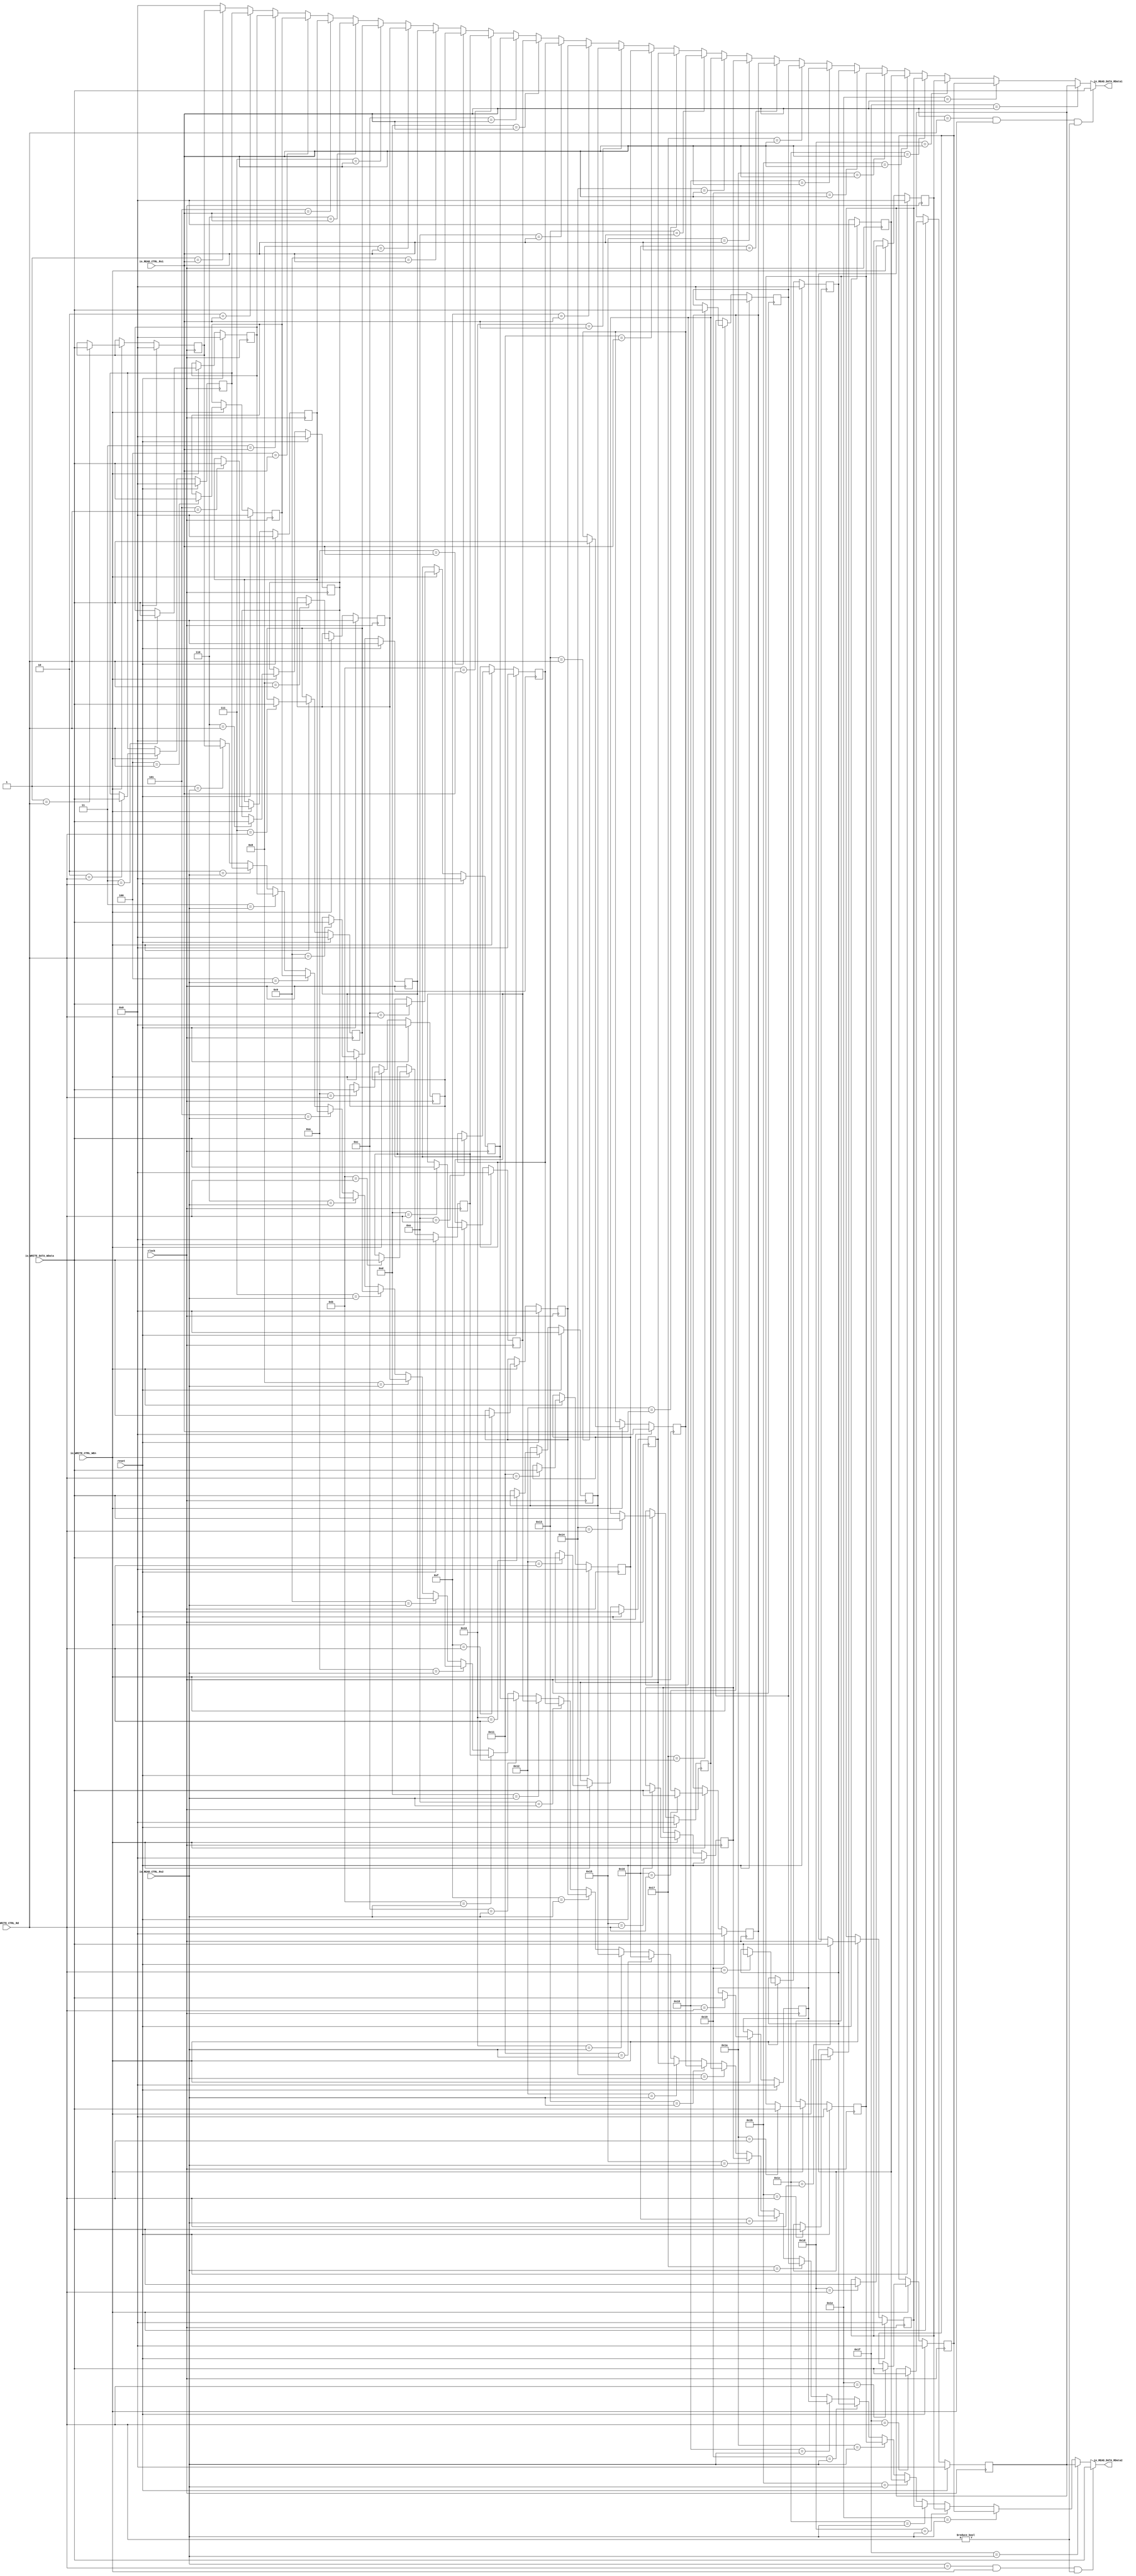
module RegFile(
  input         clock,
  input         reset,
  input  [4:0]  io_READ_CTRL_Rs1,
  input  [4:0]  io_READ_CTRL_Rs2,
  output [63:0] io_READ_DATA_RData1,
  output [63:0] io_READ_DATA_RData2,
  input         io_WRITE_CTRL_WEn,
  input  [4:0]  io_WRITE_CTRL_Rd,
  input  [63:0] io_WRITE_DATA_WData
);
`ifdef RANDOMIZE_REG_INIT
  reg [63:0] _RAND_0;
  reg [63:0] _RAND_1;
  reg [63:0] _RAND_2;
  reg [63:0] _RAND_3;
  reg [63:0] _RAND_4;
  reg [63:0] _RAND_5;
  reg [63:0] _RAND_6;
  reg [63:0] _RAND_7;
  reg [63:0] _RAND_8;
  reg [63:0] _RAND_9;
  reg [63:0] _RAND_10;
  reg [63:0] _RAND_11;
  reg [63:0] _RAND_12;
  reg [63:0] _RAND_13;
  reg [63:0] _RAND_14;
  reg [63:0] _RAND_15;
  reg [63:0] _RAND_16;
  reg [63:0] _RAND_17;
  reg [63:0] _RAND_18;
  reg [63:0] _RAND_19;
  reg [63:0] _RAND_20;
  reg [63:0] _RAND_21;
  reg [63:0] _RAND_22;
  reg [63:0] _RAND_23;
  reg [63:0] _RAND_24;
  reg [63:0] _RAND_25;
  reg [63:0] _RAND_26;
  reg [63:0] _RAND_27;
  reg [63:0] _RAND_28;
  reg [63:0] _RAND_29;
  reg [63:0] _RAND_30;
`endif // RANDOMIZE_REG_INIT
  reg [63:0] gprFile_1; // @[RegFile.scala 55:24]
  reg [63:0] gprFile_2; // @[RegFile.scala 55:24]
  reg [63:0] gprFile_3; // @[RegFile.scala 55:24]
  reg [63:0] gprFile_4; // @[RegFile.scala 55:24]
  reg [63:0] gprFile_5; // @[RegFile.scala 55:24]
  reg [63:0] gprFile_6; // @[RegFile.scala 55:24]
  reg [63:0] gprFile_7; // @[RegFile.scala 55:24]
  reg [63:0] gprFile_8; // @[RegFile.scala 55:24]
  reg [63:0] gprFile_9; // @[RegFile.scala 55:24]
  reg [63:0] gprFile_10; // @[RegFile.scala 55:24]
  reg [63:0] gprFile_11; // @[RegFile.scala 55:24]
  reg [63:0] gprFile_12; // @[RegFile.scala 55:24]
  reg [63:0] gprFile_13; // @[RegFile.scala 55:24]
  reg [63:0] gprFile_14; // @[RegFile.scala 55:24]
  reg [63:0] gprFile_15; // @[RegFile.scala 55:24]
  reg [63:0] gprFile_16; // @[RegFile.scala 55:24]
  reg [63:0] gprFile_17; // @[RegFile.scala 55:24]
  reg [63:0] gprFile_18; // @[RegFile.scala 55:24]
  reg [63:0] gprFile_19; // @[RegFile.scala 55:24]
  reg [63:0] gprFile_20; // @[RegFile.scala 55:24]
  reg [63:0] gprFile_21; // @[RegFile.scala 55:24]
  reg [63:0] gprFile_22; // @[RegFile.scala 55:24]
  reg [63:0] gprFile_23; // @[RegFile.scala 55:24]
  reg [63:0] gprFile_24; // @[RegFile.scala 55:24]
  reg [63:0] gprFile_25; // @[RegFile.scala 55:24]
  reg [63:0] gprFile_26; // @[RegFile.scala 55:24]
  reg [63:0] gprFile_27; // @[RegFile.scala 55:24]
  reg [63:0] gprFile_28; // @[RegFile.scala 55:24]
  reg [63:0] gprFile_29; // @[RegFile.scala 55:24]
  reg [63:0] gprFile_30; // @[RegFile.scala 55:24]
  reg [63:0] gprFile_31; // @[RegFile.scala 55:24]
  wire [63:0] _GEN_1 = 5'h1 == io_READ_CTRL_Rs1 ? gprFile_1 : 64'h0; // @[RegFile.scala 56:{10,10}]
  wire [63:0] _GEN_2 = 5'h2 == io_READ_CTRL_Rs1 ? gprFile_2 : _GEN_1; // @[RegFile.scala 56:{10,10}]
  wire [63:0] _GEN_3 = 5'h3 == io_READ_CTRL_Rs1 ? gprFile_3 : _GEN_2; // @[RegFile.scala 56:{10,10}]
  wire [63:0] _GEN_4 = 5'h4 == io_READ_CTRL_Rs1 ? gprFile_4 : _GEN_3; // @[RegFile.scala 56:{10,10}]
  wire [63:0] _GEN_5 = 5'h5 == io_READ_CTRL_Rs1 ? gprFile_5 : _GEN_4; // @[RegFile.scala 56:{10,10}]
  wire [63:0] _GEN_6 = 5'h6 == io_READ_CTRL_Rs1 ? gprFile_6 : _GEN_5; // @[RegFile.scala 56:{10,10}]
  wire [63:0] _GEN_7 = 5'h7 == io_READ_CTRL_Rs1 ? gprFile_7 : _GEN_6; // @[RegFile.scala 56:{10,10}]
  wire [63:0] _GEN_8 = 5'h8 == io_READ_CTRL_Rs1 ? gprFile_8 : _GEN_7; // @[RegFile.scala 56:{10,10}]
  wire [63:0] _GEN_9 = 5'h9 == io_READ_CTRL_Rs1 ? gprFile_9 : _GEN_8; // @[RegFile.scala 56:{10,10}]
  wire [63:0] _GEN_10 = 5'ha == io_READ_CTRL_Rs1 ? gprFile_10 : _GEN_9; // @[RegFile.scala 56:{10,10}]
  wire [63:0] _GEN_11 = 5'hb == io_READ_CTRL_Rs1 ? gprFile_11 : _GEN_10; // @[RegFile.scala 56:{10,10}]
  wire [63:0] _GEN_12 = 5'hc == io_READ_CTRL_Rs1 ? gprFile_12 : _GEN_11; // @[RegFile.scala 56:{10,10}]
  wire [63:0] _GEN_13 = 5'hd == io_READ_CTRL_Rs1 ? gprFile_13 : _GEN_12; // @[RegFile.scala 56:{10,10}]
  wire [63:0] _GEN_14 = 5'he == io_READ_CTRL_Rs1 ? gprFile_14 : _GEN_13; // @[RegFile.scala 56:{10,10}]
  wire [63:0] _GEN_15 = 5'hf == io_READ_CTRL_Rs1 ? gprFile_15 : _GEN_14; // @[RegFile.scala 56:{10,10}]
  wire [63:0] _GEN_16 = 5'h10 == io_READ_CTRL_Rs1 ? gprFile_16 : _GEN_15; // @[RegFile.scala 56:{10,10}]
  wire [63:0] _GEN_17 = 5'h11 == io_READ_CTRL_Rs1 ? gprFile_17 : _GEN_16; // @[RegFile.scala 56:{10,10}]
  wire [63:0] _GEN_18 = 5'h12 == io_READ_CTRL_Rs1 ? gprFile_18 : _GEN_17; // @[RegFile.scala 56:{10,10}]
  wire [63:0] _GEN_19 = 5'h13 == io_READ_CTRL_Rs1 ? gprFile_19 : _GEN_18; // @[RegFile.scala 56:{10,10}]
  wire [63:0] _GEN_20 = 5'h14 == io_READ_CTRL_Rs1 ? gprFile_20 : _GEN_19; // @[RegFile.scala 56:{10,10}]
  wire [63:0] _GEN_21 = 5'h15 == io_READ_CTRL_Rs1 ? gprFile_21 : _GEN_20; // @[RegFile.scala 56:{10,10}]
  wire [63:0] _GEN_22 = 5'h16 == io_READ_CTRL_Rs1 ? gprFile_22 : _GEN_21; // @[RegFile.scala 56:{10,10}]
  wire [63:0] _GEN_23 = 5'h17 == io_READ_CTRL_Rs1 ? gprFile_23 : _GEN_22; // @[RegFile.scala 56:{10,10}]
  wire [63:0] _GEN_24 = 5'h18 == io_READ_CTRL_Rs1 ? gprFile_24 : _GEN_23; // @[RegFile.scala 56:{10,10}]
  wire [63:0] _GEN_25 = 5'h19 == io_READ_CTRL_Rs1 ? gprFile_25 : _GEN_24; // @[RegFile.scala 56:{10,10}]
  wire [63:0] _GEN_26 = 5'h1a == io_READ_CTRL_Rs1 ? gprFile_26 : _GEN_25; // @[RegFile.scala 56:{10,10}]
  wire [63:0] _GEN_27 = 5'h1b == io_READ_CTRL_Rs1 ? gprFile_27 : _GEN_26; // @[RegFile.scala 56:{10,10}]
  wire [63:0] _GEN_28 = 5'h1c == io_READ_CTRL_Rs1 ? gprFile_28 : _GEN_27; // @[RegFile.scala 56:{10,10}]
  wire [63:0] _GEN_29 = 5'h1d == io_READ_CTRL_Rs1 ? gprFile_29 : _GEN_28; // @[RegFile.scala 56:{10,10}]
  wire [63:0] _GEN_30 = 5'h1e == io_READ_CTRL_Rs1 ? gprFile_30 : _GEN_29; // @[RegFile.scala 56:{10,10}]
  wire [63:0] _GEN_31 = 5'h1f == io_READ_CTRL_Rs1 ? gprFile_31 : _GEN_30; // @[RegFile.scala 56:{10,10}]
  wire [63:0] _GEN_33 = 5'h1 == io_READ_CTRL_Rs2 ? gprFile_1 : 64'h0; // @[RegFile.scala 57:{10,10}]
  wire [63:0] _GEN_34 = 5'h2 == io_READ_CTRL_Rs2 ? gprFile_2 : _GEN_33; // @[RegFile.scala 57:{10,10}]
  wire [63:0] _GEN_35 = 5'h3 == io_READ_CTRL_Rs2 ? gprFile_3 : _GEN_34; // @[RegFile.scala 57:{10,10}]
  wire [63:0] _GEN_36 = 5'h4 == io_READ_CTRL_Rs2 ? gprFile_4 : _GEN_35; // @[RegFile.scala 57:{10,10}]
  wire [63:0] _GEN_37 = 5'h5 == io_READ_CTRL_Rs2 ? gprFile_5 : _GEN_36; // @[RegFile.scala 57:{10,10}]
  wire [63:0] _GEN_38 = 5'h6 == io_READ_CTRL_Rs2 ? gprFile_6 : _GEN_37; // @[RegFile.scala 57:{10,10}]
  wire [63:0] _GEN_39 = 5'h7 == io_READ_CTRL_Rs2 ? gprFile_7 : _GEN_38; // @[RegFile.scala 57:{10,10}]
  wire [63:0] _GEN_40 = 5'h8 == io_READ_CTRL_Rs2 ? gprFile_8 : _GEN_39; // @[RegFile.scala 57:{10,10}]
  wire [63:0] _GEN_41 = 5'h9 == io_READ_CTRL_Rs2 ? gprFile_9 : _GEN_40; // @[RegFile.scala 57:{10,10}]
  wire [63:0] _GEN_42 = 5'ha == io_READ_CTRL_Rs2 ? gprFile_10 : _GEN_41; // @[RegFile.scala 57:{10,10}]
  wire [63:0] _GEN_43 = 5'hb == io_READ_CTRL_Rs2 ? gprFile_11 : _GEN_42; // @[RegFile.scala 57:{10,10}]
  wire [63:0] _GEN_44 = 5'hc == io_READ_CTRL_Rs2 ? gprFile_12 : _GEN_43; // @[RegFile.scala 57:{10,10}]
  wire [63:0] _GEN_45 = 5'hd == io_READ_CTRL_Rs2 ? gprFile_13 : _GEN_44; // @[RegFile.scala 57:{10,10}]
  wire [63:0] _GEN_46 = 5'he == io_READ_CTRL_Rs2 ? gprFile_14 : _GEN_45; // @[RegFile.scala 57:{10,10}]
  wire [63:0] _GEN_47 = 5'hf == io_READ_CTRL_Rs2 ? gprFile_15 : _GEN_46; // @[RegFile.scala 57:{10,10}]
  wire [63:0] _GEN_48 = 5'h10 == io_READ_CTRL_Rs2 ? gprFile_16 : _GEN_47; // @[RegFile.scala 57:{10,10}]
  wire [63:0] _GEN_49 = 5'h11 == io_READ_CTRL_Rs2 ? gprFile_17 : _GEN_48; // @[RegFile.scala 57:{10,10}]
  wire [63:0] _GEN_50 = 5'h12 == io_READ_CTRL_Rs2 ? gprFile_18 : _GEN_49; // @[RegFile.scala 57:{10,10}]
  wire [63:0] _GEN_51 = 5'h13 == io_READ_CTRL_Rs2 ? gprFile_19 : _GEN_50; // @[RegFile.scala 57:{10,10}]
  wire [63:0] _GEN_52 = 5'h14 == io_READ_CTRL_Rs2 ? gprFile_20 : _GEN_51; // @[RegFile.scala 57:{10,10}]
  wire [63:0] _GEN_53 = 5'h15 == io_READ_CTRL_Rs2 ? gprFile_21 : _GEN_52; // @[RegFile.scala 57:{10,10}]
  wire [63:0] _GEN_54 = 5'h16 == io_READ_CTRL_Rs2 ? gprFile_22 : _GEN_53; // @[RegFile.scala 57:{10,10}]
  wire [63:0] _GEN_55 = 5'h17 == io_READ_CTRL_Rs2 ? gprFile_23 : _GEN_54; // @[RegFile.scala 57:{10,10}]
  wire [63:0] _GEN_56 = 5'h18 == io_READ_CTRL_Rs2 ? gprFile_24 : _GEN_55; // @[RegFile.scala 57:{10,10}]
  wire [63:0] _GEN_57 = 5'h19 == io_READ_CTRL_Rs2 ? gprFile_25 : _GEN_56; // @[RegFile.scala 57:{10,10}]
  wire [63:0] _GEN_58 = 5'h1a == io_READ_CTRL_Rs2 ? gprFile_26 : _GEN_57; // @[RegFile.scala 57:{10,10}]
  wire [63:0] _GEN_59 = 5'h1b == io_READ_CTRL_Rs2 ? gprFile_27 : _GEN_58; // @[RegFile.scala 57:{10,10}]
  wire [63:0] _GEN_60 = 5'h1c == io_READ_CTRL_Rs2 ? gprFile_28 : _GEN_59; // @[RegFile.scala 57:{10,10}]
  wire [63:0] _GEN_61 = 5'h1d == io_READ_CTRL_Rs2 ? gprFile_29 : _GEN_60; // @[RegFile.scala 57:{10,10}]
  wire [63:0] _GEN_62 = 5'h1e == io_READ_CTRL_Rs2 ? gprFile_30 : _GEN_61; // @[RegFile.scala 57:{10,10}]
  wire [63:0] _GEN_63 = 5'h1f == io_READ_CTRL_Rs2 ? gprFile_31 : _GEN_62; // @[RegFile.scala 57:{10,10}]
  wire  _T_2 = io_WRITE_CTRL_Rd != 5'h0; // @[RegFile.scala 58:32]
  assign io_READ_DATA_RData1 = io_READ_CTRL_Rs1 == io_WRITE_CTRL_Rd & io_WRITE_CTRL_WEn & io_WRITE_CTRL_Rd != 5'h0 ?
    io_WRITE_DATA_WData : _GEN_31; // @[RegFile.scala 56:10 58:{41,49}]
  assign io_READ_DATA_RData2 = io_READ_CTRL_Rs2 == io_WRITE_CTRL_Rd & io_WRITE_CTRL_WEn & _T_2 ? io_WRITE_DATA_WData :
    _GEN_63; // @[RegFile.scala 57:10 59:{41,49}]
  always @(posedge clock) begin
    if (reset) begin // @[RegFile.scala 55:24]
      gprFile_1 <= 64'h0; // @[RegFile.scala 55:24]
    end else if (io_WRITE_CTRL_WEn) begin // @[RegFile.scala 60:12]
      if (5'h1 == io_WRITE_CTRL_Rd) begin // @[RegFile.scala 60:26]
        gprFile_1 <= io_WRITE_DATA_WData; // @[RegFile.scala 60:26]
      end
    end
    if (reset) begin // @[RegFile.scala 55:24]
      gprFile_2 <= 64'h0; // @[RegFile.scala 55:24]
    end else if (io_WRITE_CTRL_WEn) begin // @[RegFile.scala 60:12]
      if (5'h2 == io_WRITE_CTRL_Rd) begin // @[RegFile.scala 60:26]
        gprFile_2 <= io_WRITE_DATA_WData; // @[RegFile.scala 60:26]
      end
    end
    if (reset) begin // @[RegFile.scala 55:24]
      gprFile_3 <= 64'h0; // @[RegFile.scala 55:24]
    end else if (io_WRITE_CTRL_WEn) begin // @[RegFile.scala 60:12]
      if (5'h3 == io_WRITE_CTRL_Rd) begin // @[RegFile.scala 60:26]
        gprFile_3 <= io_WRITE_DATA_WData; // @[RegFile.scala 60:26]
      end
    end
    if (reset) begin // @[RegFile.scala 55:24]
      gprFile_4 <= 64'h0; // @[RegFile.scala 55:24]
    end else if (io_WRITE_CTRL_WEn) begin // @[RegFile.scala 60:12]
      if (5'h4 == io_WRITE_CTRL_Rd) begin // @[RegFile.scala 60:26]
        gprFile_4 <= io_WRITE_DATA_WData; // @[RegFile.scala 60:26]
      end
    end
    if (reset) begin // @[RegFile.scala 55:24]
      gprFile_5 <= 64'h0; // @[RegFile.scala 55:24]
    end else if (io_WRITE_CTRL_WEn) begin // @[RegFile.scala 60:12]
      if (5'h5 == io_WRITE_CTRL_Rd) begin // @[RegFile.scala 60:26]
        gprFile_5 <= io_WRITE_DATA_WData; // @[RegFile.scala 60:26]
      end
    end
    if (reset) begin // @[RegFile.scala 55:24]
      gprFile_6 <= 64'h0; // @[RegFile.scala 55:24]
    end else if (io_WRITE_CTRL_WEn) begin // @[RegFile.scala 60:12]
      if (5'h6 == io_WRITE_CTRL_Rd) begin // @[RegFile.scala 60:26]
        gprFile_6 <= io_WRITE_DATA_WData; // @[RegFile.scala 60:26]
      end
    end
    if (reset) begin // @[RegFile.scala 55:24]
      gprFile_7 <= 64'h0; // @[RegFile.scala 55:24]
    end else if (io_WRITE_CTRL_WEn) begin // @[RegFile.scala 60:12]
      if (5'h7 == io_WRITE_CTRL_Rd) begin // @[RegFile.scala 60:26]
        gprFile_7 <= io_WRITE_DATA_WData; // @[RegFile.scala 60:26]
      end
    end
    if (reset) begin // @[RegFile.scala 55:24]
      gprFile_8 <= 64'h0; // @[RegFile.scala 55:24]
    end else if (io_WRITE_CTRL_WEn) begin // @[RegFile.scala 60:12]
      if (5'h8 == io_WRITE_CTRL_Rd) begin // @[RegFile.scala 60:26]
        gprFile_8 <= io_WRITE_DATA_WData; // @[RegFile.scala 60:26]
      end
    end
    if (reset) begin // @[RegFile.scala 55:24]
      gprFile_9 <= 64'h0; // @[RegFile.scala 55:24]
    end else if (io_WRITE_CTRL_WEn) begin // @[RegFile.scala 60:12]
      if (5'h9 == io_WRITE_CTRL_Rd) begin // @[RegFile.scala 60:26]
        gprFile_9 <= io_WRITE_DATA_WData; // @[RegFile.scala 60:26]
      end
    end
    if (reset) begin // @[RegFile.scala 55:24]
      gprFile_10 <= 64'h0; // @[RegFile.scala 55:24]
    end else if (io_WRITE_CTRL_WEn) begin // @[RegFile.scala 60:12]
      if (5'ha == io_WRITE_CTRL_Rd) begin // @[RegFile.scala 60:26]
        gprFile_10 <= io_WRITE_DATA_WData; // @[RegFile.scala 60:26]
      end
    end
    if (reset) begin // @[RegFile.scala 55:24]
      gprFile_11 <= 64'h0; // @[RegFile.scala 55:24]
    end else if (io_WRITE_CTRL_WEn) begin // @[RegFile.scala 60:12]
      if (5'hb == io_WRITE_CTRL_Rd) begin // @[RegFile.scala 60:26]
        gprFile_11 <= io_WRITE_DATA_WData; // @[RegFile.scala 60:26]
      end
    end
    if (reset) begin // @[RegFile.scala 55:24]
      gprFile_12 <= 64'h0; // @[RegFile.scala 55:24]
    end else if (io_WRITE_CTRL_WEn) begin // @[RegFile.scala 60:12]
      if (5'hc == io_WRITE_CTRL_Rd) begin // @[RegFile.scala 60:26]
        gprFile_12 <= io_WRITE_DATA_WData; // @[RegFile.scala 60:26]
      end
    end
    if (reset) begin // @[RegFile.scala 55:24]
      gprFile_13 <= 64'h0; // @[RegFile.scala 55:24]
    end else if (io_WRITE_CTRL_WEn) begin // @[RegFile.scala 60:12]
      if (5'hd == io_WRITE_CTRL_Rd) begin // @[RegFile.scala 60:26]
        gprFile_13 <= io_WRITE_DATA_WData; // @[RegFile.scala 60:26]
      end
    end
    if (reset) begin // @[RegFile.scala 55:24]
      gprFile_14 <= 64'h0; // @[RegFile.scala 55:24]
    end else if (io_WRITE_CTRL_WEn) begin // @[RegFile.scala 60:12]
      if (5'he == io_WRITE_CTRL_Rd) begin // @[RegFile.scala 60:26]
        gprFile_14 <= io_WRITE_DATA_WData; // @[RegFile.scala 60:26]
      end
    end
    if (reset) begin // @[RegFile.scala 55:24]
      gprFile_15 <= 64'h0; // @[RegFile.scala 55:24]
    end else if (io_WRITE_CTRL_WEn) begin // @[RegFile.scala 60:12]
      if (5'hf == io_WRITE_CTRL_Rd) begin // @[RegFile.scala 60:26]
        gprFile_15 <= io_WRITE_DATA_WData; // @[RegFile.scala 60:26]
      end
    end
    if (reset) begin // @[RegFile.scala 55:24]
      gprFile_16 <= 64'h0; // @[RegFile.scala 55:24]
    end else if (io_WRITE_CTRL_WEn) begin // @[RegFile.scala 60:12]
      if (5'h10 == io_WRITE_CTRL_Rd) begin // @[RegFile.scala 60:26]
        gprFile_16 <= io_WRITE_DATA_WData; // @[RegFile.scala 60:26]
      end
    end
    if (reset) begin // @[RegFile.scala 55:24]
      gprFile_17 <= 64'h0; // @[RegFile.scala 55:24]
    end else if (io_WRITE_CTRL_WEn) begin // @[RegFile.scala 60:12]
      if (5'h11 == io_WRITE_CTRL_Rd) begin // @[RegFile.scala 60:26]
        gprFile_17 <= io_WRITE_DATA_WData; // @[RegFile.scala 60:26]
      end
    end
    if (reset) begin // @[RegFile.scala 55:24]
      gprFile_18 <= 64'h0; // @[RegFile.scala 55:24]
    end else if (io_WRITE_CTRL_WEn) begin // @[RegFile.scala 60:12]
      if (5'h12 == io_WRITE_CTRL_Rd) begin // @[RegFile.scala 60:26]
        gprFile_18 <= io_WRITE_DATA_WData; // @[RegFile.scala 60:26]
      end
    end
    if (reset) begin // @[RegFile.scala 55:24]
      gprFile_19 <= 64'h0; // @[RegFile.scala 55:24]
    end else if (io_WRITE_CTRL_WEn) begin // @[RegFile.scala 60:12]
      if (5'h13 == io_WRITE_CTRL_Rd) begin // @[RegFile.scala 60:26]
        gprFile_19 <= io_WRITE_DATA_WData; // @[RegFile.scala 60:26]
      end
    end
    if (reset) begin // @[RegFile.scala 55:24]
      gprFile_20 <= 64'h0; // @[RegFile.scala 55:24]
    end else if (io_WRITE_CTRL_WEn) begin // @[RegFile.scala 60:12]
      if (5'h14 == io_WRITE_CTRL_Rd) begin // @[RegFile.scala 60:26]
        gprFile_20 <= io_WRITE_DATA_WData; // @[RegFile.scala 60:26]
      end
    end
    if (reset) begin // @[RegFile.scala 55:24]
      gprFile_21 <= 64'h0; // @[RegFile.scala 55:24]
    end else if (io_WRITE_CTRL_WEn) begin // @[RegFile.scala 60:12]
      if (5'h15 == io_WRITE_CTRL_Rd) begin // @[RegFile.scala 60:26]
        gprFile_21 <= io_WRITE_DATA_WData; // @[RegFile.scala 60:26]
      end
    end
    if (reset) begin // @[RegFile.scala 55:24]
      gprFile_22 <= 64'h0; // @[RegFile.scala 55:24]
    end else if (io_WRITE_CTRL_WEn) begin // @[RegFile.scala 60:12]
      if (5'h16 == io_WRITE_CTRL_Rd) begin // @[RegFile.scala 60:26]
        gprFile_22 <= io_WRITE_DATA_WData; // @[RegFile.scala 60:26]
      end
    end
    if (reset) begin // @[RegFile.scala 55:24]
      gprFile_23 <= 64'h0; // @[RegFile.scala 55:24]
    end else if (io_WRITE_CTRL_WEn) begin // @[RegFile.scala 60:12]
      if (5'h17 == io_WRITE_CTRL_Rd) begin // @[RegFile.scala 60:26]
        gprFile_23 <= io_WRITE_DATA_WData; // @[RegFile.scala 60:26]
      end
    end
    if (reset) begin // @[RegFile.scala 55:24]
      gprFile_24 <= 64'h0; // @[RegFile.scala 55:24]
    end else if (io_WRITE_CTRL_WEn) begin // @[RegFile.scala 60:12]
      if (5'h18 == io_WRITE_CTRL_Rd) begin // @[RegFile.scala 60:26]
        gprFile_24 <= io_WRITE_DATA_WData; // @[RegFile.scala 60:26]
      end
    end
    if (reset) begin // @[RegFile.scala 55:24]
      gprFile_25 <= 64'h0; // @[RegFile.scala 55:24]
    end else if (io_WRITE_CTRL_WEn) begin // @[RegFile.scala 60:12]
      if (5'h19 == io_WRITE_CTRL_Rd) begin // @[RegFile.scala 60:26]
        gprFile_25 <= io_WRITE_DATA_WData; // @[RegFile.scala 60:26]
      end
    end
    if (reset) begin // @[RegFile.scala 55:24]
      gprFile_26 <= 64'h0; // @[RegFile.scala 55:24]
    end else if (io_WRITE_CTRL_WEn) begin // @[RegFile.scala 60:12]
      if (5'h1a == io_WRITE_CTRL_Rd) begin // @[RegFile.scala 60:26]
        gprFile_26 <= io_WRITE_DATA_WData; // @[RegFile.scala 60:26]
      end
    end
    if (reset) begin // @[RegFile.scala 55:24]
      gprFile_27 <= 64'h0; // @[RegFile.scala 55:24]
    end else if (io_WRITE_CTRL_WEn) begin // @[RegFile.scala 60:12]
      if (5'h1b == io_WRITE_CTRL_Rd) begin // @[RegFile.scala 60:26]
        gprFile_27 <= io_WRITE_DATA_WData; // @[RegFile.scala 60:26]
      end
    end
    if (reset) begin // @[RegFile.scala 55:24]
      gprFile_28 <= 64'h0; // @[RegFile.scala 55:24]
    end else if (io_WRITE_CTRL_WEn) begin // @[RegFile.scala 60:12]
      if (5'h1c == io_WRITE_CTRL_Rd) begin // @[RegFile.scala 60:26]
        gprFile_28 <= io_WRITE_DATA_WData; // @[RegFile.scala 60:26]
      end
    end
    if (reset) begin // @[RegFile.scala 55:24]
      gprFile_29 <= 64'h0; // @[RegFile.scala 55:24]
    end else if (io_WRITE_CTRL_WEn) begin // @[RegFile.scala 60:12]
      if (5'h1d == io_WRITE_CTRL_Rd) begin // @[RegFile.scala 60:26]
        gprFile_29 <= io_WRITE_DATA_WData; // @[RegFile.scala 60:26]
      end
    end
    if (reset) begin // @[RegFile.scala 55:24]
      gprFile_30 <= 64'h0; // @[RegFile.scala 55:24]
    end else if (io_WRITE_CTRL_WEn) begin // @[RegFile.scala 60:12]
      if (5'h1e == io_WRITE_CTRL_Rd) begin // @[RegFile.scala 60:26]
        gprFile_30 <= io_WRITE_DATA_WData; // @[RegFile.scala 60:26]
      end
    end
    if (reset) begin // @[RegFile.scala 55:24]
      gprFile_31 <= 64'h0; // @[RegFile.scala 55:24]
    end else if (io_WRITE_CTRL_WEn) begin // @[RegFile.scala 60:12]
      if (5'h1f == io_WRITE_CTRL_Rd) begin // @[RegFile.scala 60:26]
        gprFile_31 <= io_WRITE_DATA_WData; // @[RegFile.scala 60:26]
      end
    end
  end
// Register and memory initialization
`ifdef RANDOMIZE_GARBAGE_ASSIGN
`define RANDOMIZE
`endif
`ifdef RANDOMIZE_INVALID_ASSIGN
`define RANDOMIZE
`endif
`ifdef RANDOMIZE_REG_INIT
`define RANDOMIZE
`endif
`ifdef RANDOMIZE_MEM_INIT
`define RANDOMIZE
`endif
`ifndef RANDOM
`define RANDOM $random
`endif
`ifdef RANDOMIZE_MEM_INIT
  integer initvar;
`endif
`ifndef SYNTHESIS
`ifdef FIRRTL_BEFORE_INITIAL
`FIRRTL_BEFORE_INITIAL
`endif
initial begin
  `ifdef RANDOMIZE
    `ifdef INIT_RANDOM
      `INIT_RANDOM
    `endif
    `ifndef VERILATOR
      `ifdef RANDOMIZE_DELAY
        #`RANDOMIZE_DELAY begin end
      `else
        #0.002 begin end
      `endif
    `endif
`ifdef RANDOMIZE_REG_INIT
  _RAND_0 = {2{`RANDOM}};
  gprFile_1 = _RAND_0[63:0];
  _RAND_1 = {2{`RANDOM}};
  gprFile_2 = _RAND_1[63:0];
  _RAND_2 = {2{`RANDOM}};
  gprFile_3 = _RAND_2[63:0];
  _RAND_3 = {2{`RANDOM}};
  gprFile_4 = _RAND_3[63:0];
  _RAND_4 = {2{`RANDOM}};
  gprFile_5 = _RAND_4[63:0];
  _RAND_5 = {2{`RANDOM}};
  gprFile_6 = _RAND_5[63:0];
  _RAND_6 = {2{`RANDOM}};
  gprFile_7 = _RAND_6[63:0];
  _RAND_7 = {2{`RANDOM}};
  gprFile_8 = _RAND_7[63:0];
  _RAND_8 = {2{`RANDOM}};
  gprFile_9 = _RAND_8[63:0];
  _RAND_9 = {2{`RANDOM}};
  gprFile_10 = _RAND_9[63:0];
  _RAND_10 = {2{`RANDOM}};
  gprFile_11 = _RAND_10[63:0];
  _RAND_11 = {2{`RANDOM}};
  gprFile_12 = _RAND_11[63:0];
  _RAND_12 = {2{`RANDOM}};
  gprFile_13 = _RAND_12[63:0];
  _RAND_13 = {2{`RANDOM}};
  gprFile_14 = _RAND_13[63:0];
  _RAND_14 = {2{`RANDOM}};
  gprFile_15 = _RAND_14[63:0];
  _RAND_15 = {2{`RANDOM}};
  gprFile_16 = _RAND_15[63:0];
  _RAND_16 = {2{`RANDOM}};
  gprFile_17 = _RAND_16[63:0];
  _RAND_17 = {2{`RANDOM}};
  gprFile_18 = _RAND_17[63:0];
  _RAND_18 = {2{`RANDOM}};
  gprFile_19 = _RAND_18[63:0];
  _RAND_19 = {2{`RANDOM}};
  gprFile_20 = _RAND_19[63:0];
  _RAND_20 = {2{`RANDOM}};
  gprFile_21 = _RAND_20[63:0];
  _RAND_21 = {2{`RANDOM}};
  gprFile_22 = _RAND_21[63:0];
  _RAND_22 = {2{`RANDOM}};
  gprFile_23 = _RAND_22[63:0];
  _RAND_23 = {2{`RANDOM}};
  gprFile_24 = _RAND_23[63:0];
  _RAND_24 = {2{`RANDOM}};
  gprFile_25 = _RAND_24[63:0];
  _RAND_25 = {2{`RANDOM}};
  gprFile_26 = _RAND_25[63:0];
  _RAND_26 = {2{`RANDOM}};
  gprFile_27 = _RAND_26[63:0];
  _RAND_27 = {2{`RANDOM}};
  gprFile_28 = _RAND_27[63:0];
  _RAND_28 = {2{`RANDOM}};
  gprFile_29 = _RAND_28[63:0];
  _RAND_29 = {2{`RANDOM}};
  gprFile_30 = _RAND_29[63:0];
  _RAND_30 = {2{`RANDOM}};
  gprFile_31 = _RAND_30[63:0];
`endif // RANDOMIZE_REG_INIT
  `endif // RANDOMIZE
end // initial
`ifdef FIRRTL_AFTER_INITIAL
`FIRRTL_AFTER_INITIAL
`endif
`endif // SYNTHESIS
endmodule